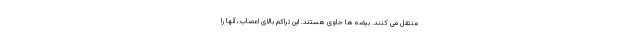
منتقل می کنند. بیضه ها حاوی هستند. این تراکم بالای اعصاب، آنها را